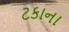
ટકાના